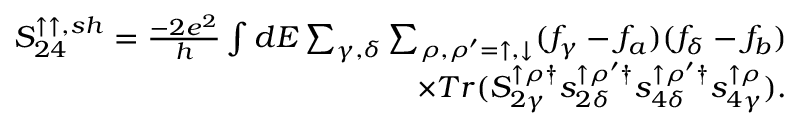
\begin{array} { r } { { S _ { 2 4 } ^ { \uparrow \uparrow , s h } = \frac { - 2 e ^ { 2 } } { h } \int d E \sum _ { \gamma , \delta } \sum _ { \rho , \rho ^ { \prime } = \uparrow , \downarrow } ( f _ { \gamma } - f _ { a } ) ( f _ { \delta } - f _ { b } ) } } \\ { { \times T r ( S _ { 2 \gamma } ^ { \uparrow \rho \dagger } s _ { 2 \delta } ^ { \uparrow \rho ^ { \prime } \dagger } s _ { 4 \delta } ^ { \uparrow \rho ^ { \prime } \dagger } s _ { 4 \gamma } ^ { \uparrow \rho } ) } . } \end{array}